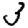
Digit: 3